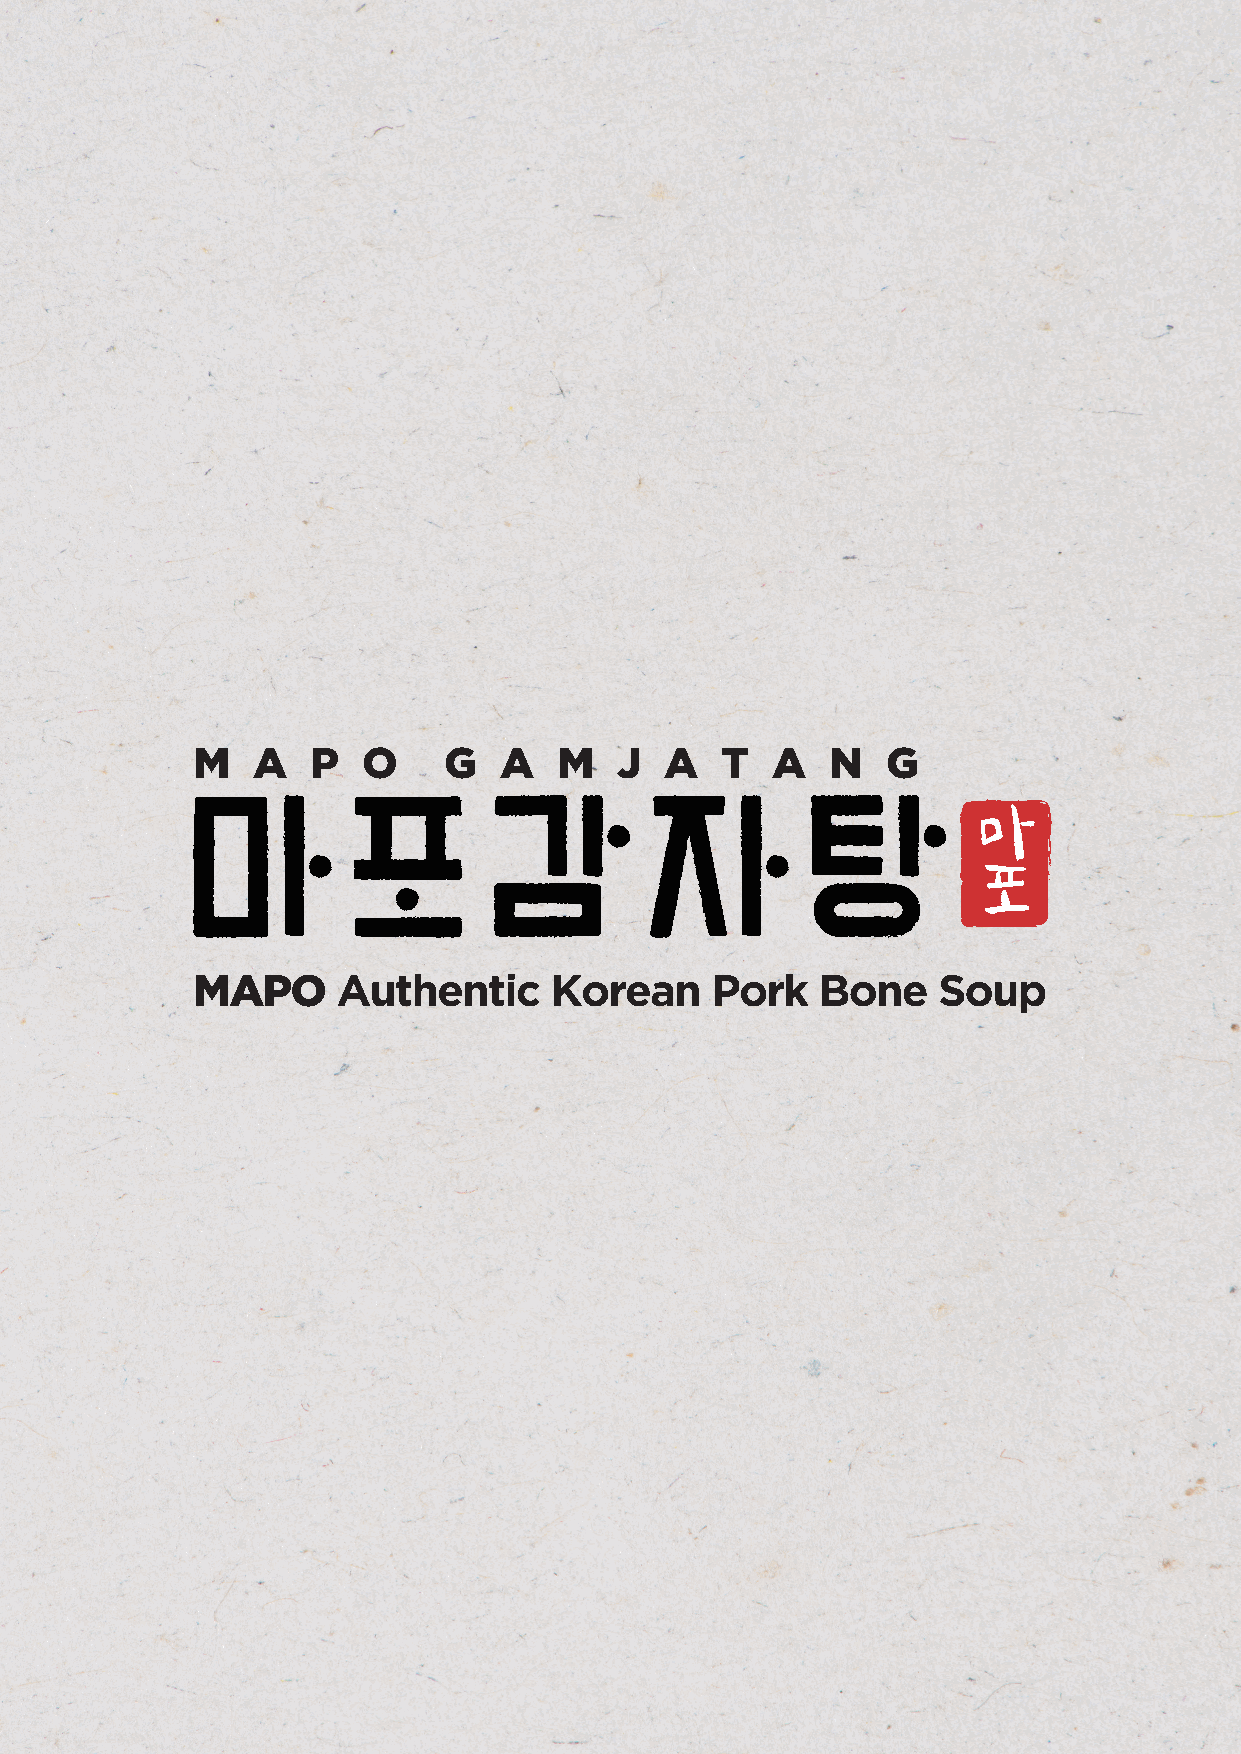
M   A   P  O    G   A   M   J  A   T  A   N   G